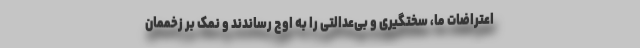
اعتراضات ما، سختگیری و بی‌عدالتی را به اوج رساندند و نمک بر زخممان